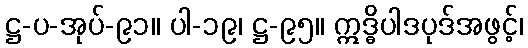
ဋ္ဌ-ပ-အုပ်-၉၁။ ပါ-၁၉၊ ဋ္ဌ-၉၅။ ဣဒ္ဓိပါဒပုဒ်အဖွင့်၊